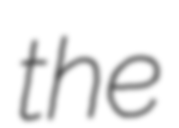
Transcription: the